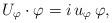
LaTeX: \begin{align*} U_{\varphi} \cdot \varphi = i\,u_{\varphi} \,\varphi, \end{align*}